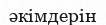
әкімдерін